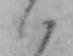
ハ